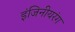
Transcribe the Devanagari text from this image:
इंजिनीयरंग